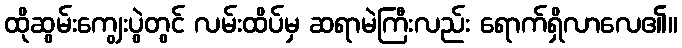
ထိုဆွမ်းကျွေးပွဲတွင် လမ်းထိပ်မှ ဆရာမဲကြီးလည်း ရောက်ရှိလာလေ၏။